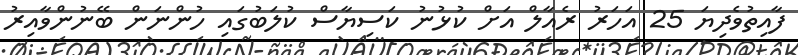
ފާއިތުވެދިޔަ 25 އަހަރު ރެއާލް އަށް ކުޅުނު ކަސިޔާސް ކުލަބުގައި ހުންނަން ބޭނުންވާއިރު